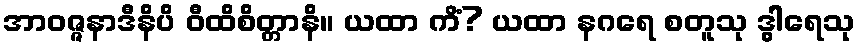
အာဝဇ္ဇနာဒီနိပိ ဝီထိစိတ္တာနိ။ ယထာ ကိံ? ယထာ နဂရေ စတူသု ဒွါရေသု